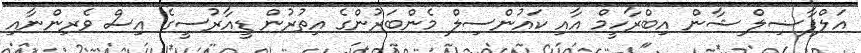
އަލްފާޟިލް ޝާން އިބްރާހީމް އާއި ކައުންސިލް މެންބަރުންގެ އިތުރުން ޑީއާރުސީގެ އިސް ވެރިންނާއި